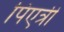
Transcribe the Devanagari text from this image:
पिएत्री